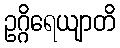
ဥဂ္ဂိရေယျာတိ